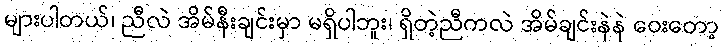
များပါတယ်၊ ညီလဲ အိမ်နီးချင်းမှာ မရှိပါဘူး၊ ရှိတဲ့ညီကလဲ အိမ်ချင်းနဲနဲ ဝေးတော့